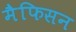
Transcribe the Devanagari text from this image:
मैफिसन